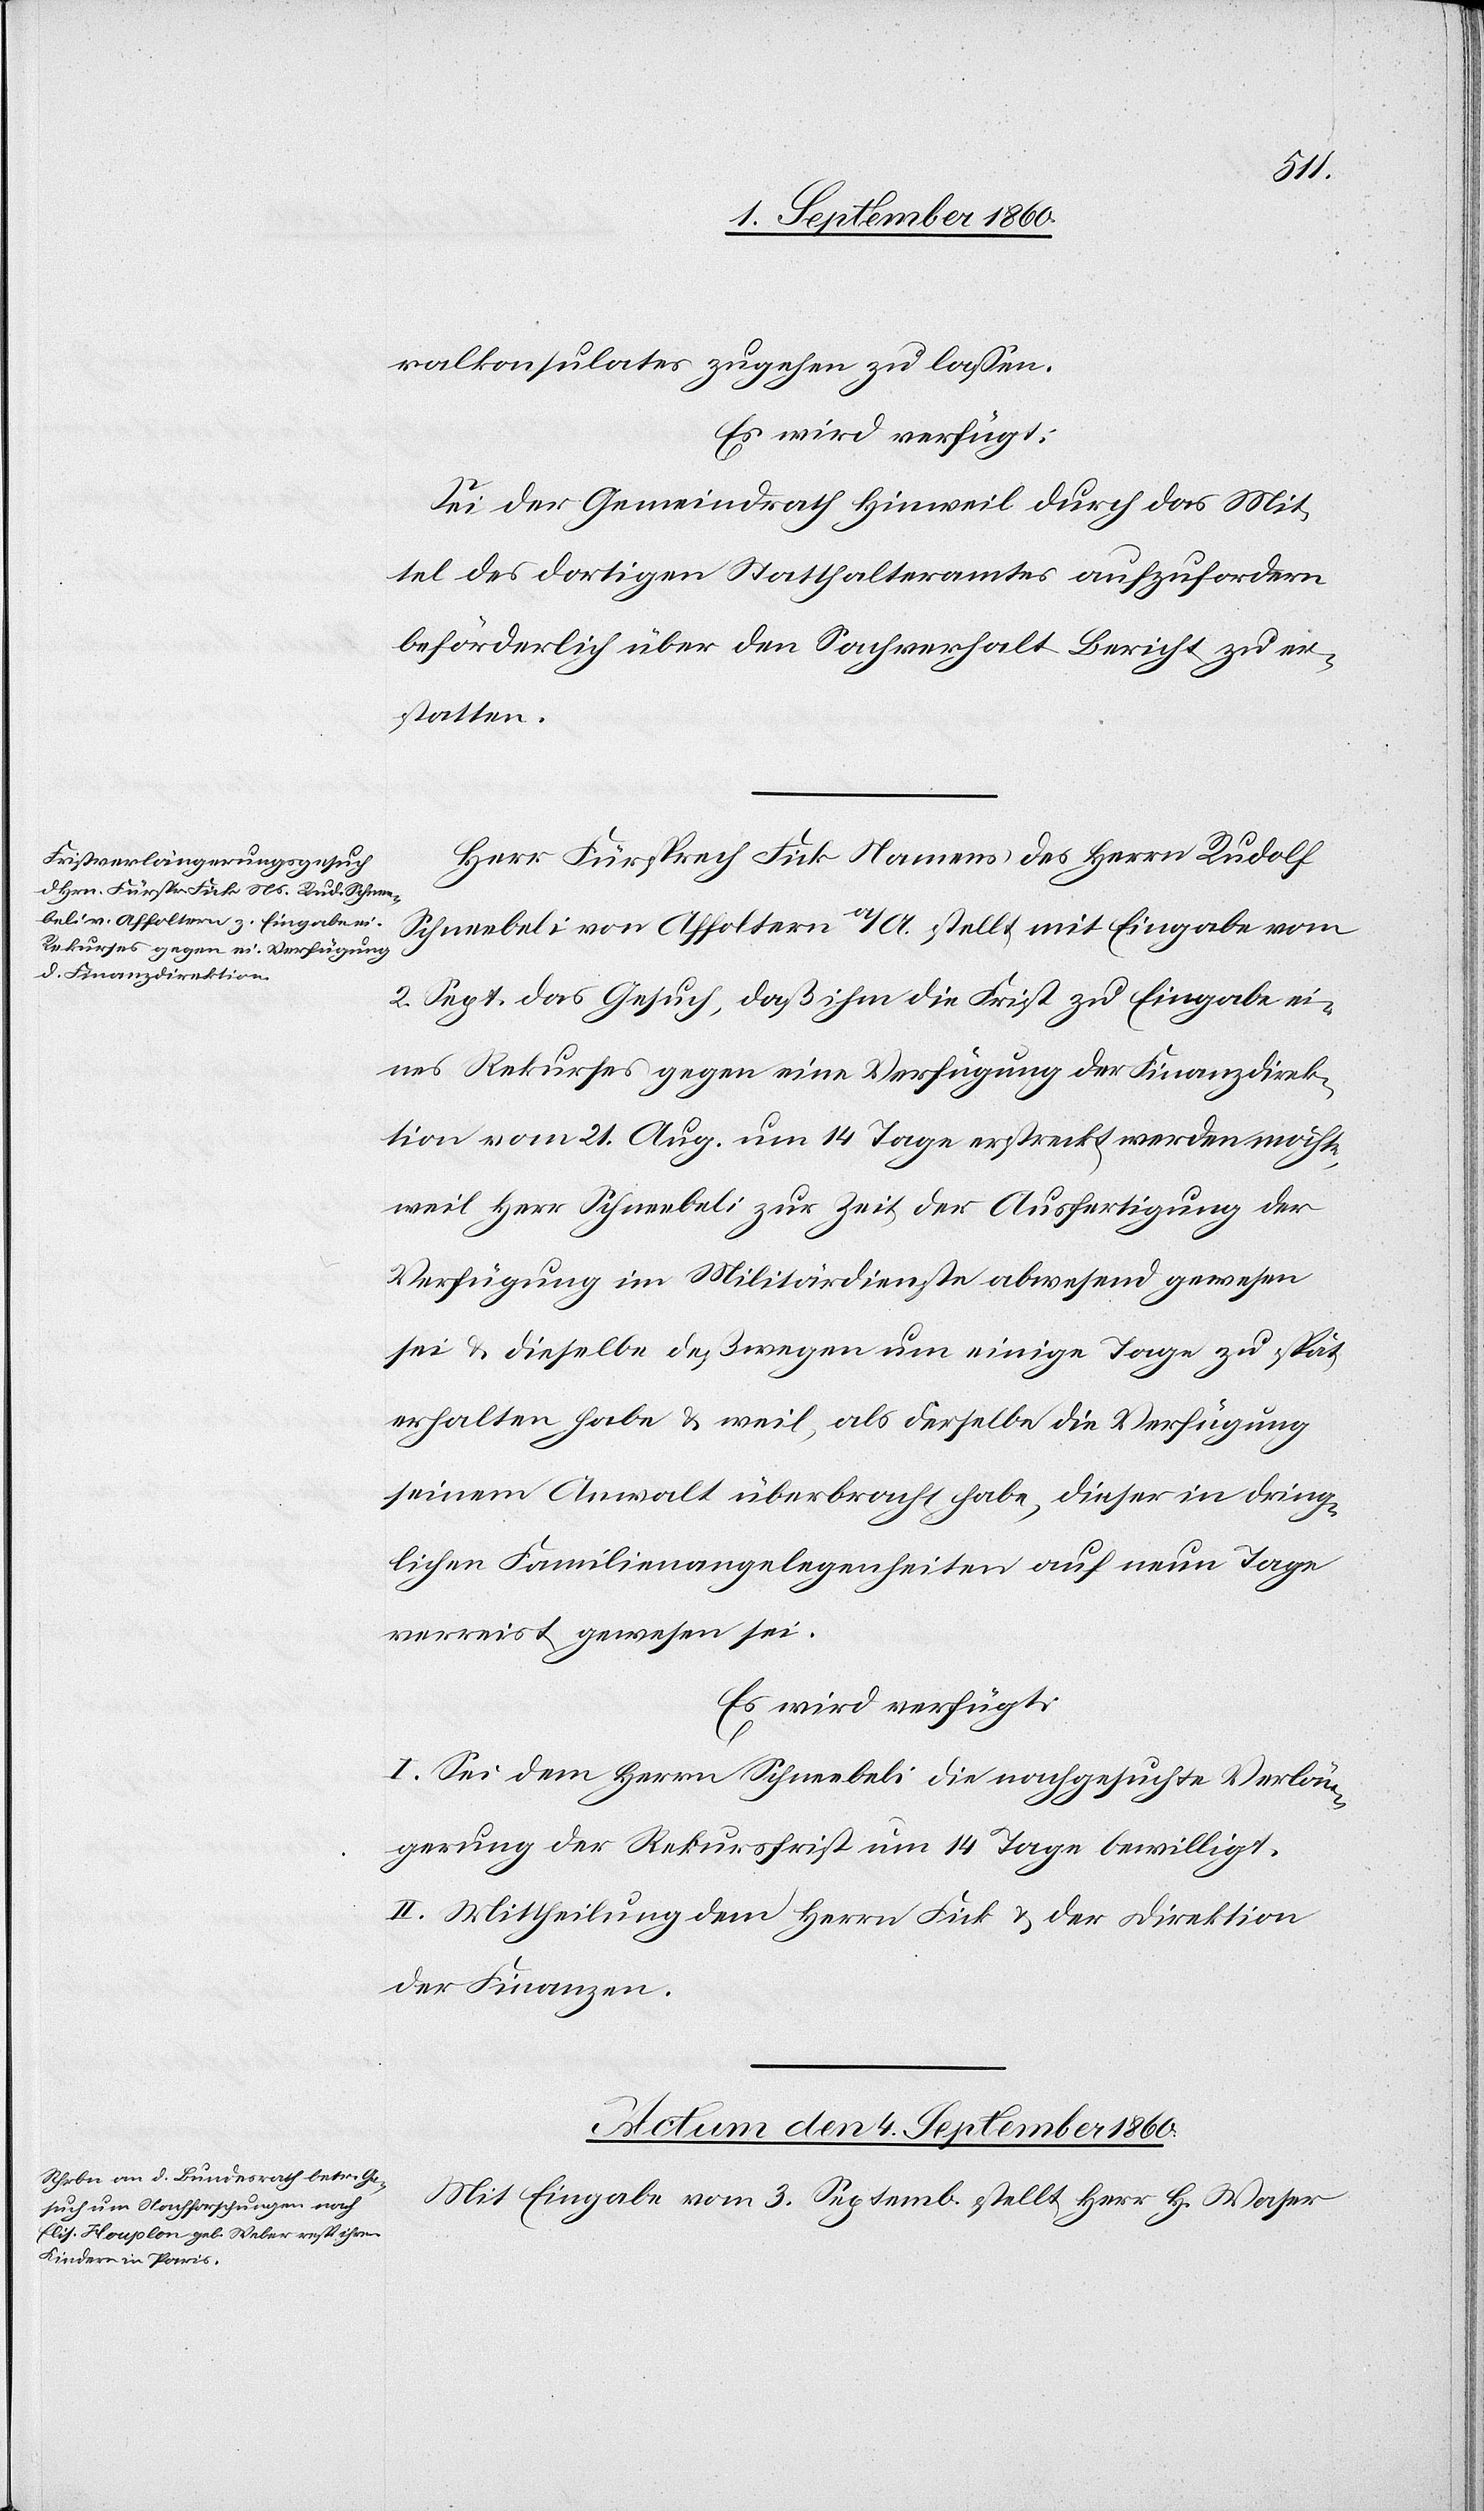
ralkonsulates zugehen zulassen.
Es wird verfügt:
Sei der Gemeindrath Hinweil durch das Mit¬
tel des dortigen Statthalteramtes aufzufordern,
beförderlich über den Sachverhalt Bericht zu er¬
statten.
Herr Fürsprech Fick Namens des Herrn Rudolf
Schneebeli von Affoltern a/A stellt mit Eingabe vom
2. Septbr. das Gesuch, dass ihm die Frist zu Eingabe ei¬
nes Rekurses gegen eine Verfügung der Finanzdirek¬
tion vom 21. August um 14 Tage erstreckt werden möchte,
weil Herr Schneebeli zur Zeit der Ausfertigung der
Verfügung im Militärdienste abwesend gewesen
sei u. dieselbe deswegen um einige Tage zu spät
erhalten habe u. weil als derselbe die Verfügung
seinem Anwalt überbracht habe, dieser in dring¬
lichen Familienangelegenheiten auf 9 Tage
verreist gewesen sei.
Es wird verfügt:
I. Sei dem Hrn. Schneebeli die nachgesuchte Verlän¬
gerung der Rekursfrist um 14 Tage bewilligt.
II. Mittheilung dem Herrn Fick u. der Direktion
der Finanzen.
Actum den 4. September 1860.
Mit Eingabe vom 3. September stellt Hr. H. Waser